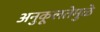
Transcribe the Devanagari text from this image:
अनुकूलतेमुळे